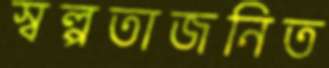
স্বল্পতাজনিত